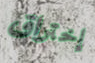
إختراق